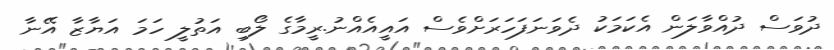
ދުވަސް ދުއްވާލަން އެކަމަކު ދެވަނަފަހަރަށްވެސް އައީއެއްނު.ރީމާގެ ލޯބި އަތުލީ ހަމަ އަޔާޒާ އޭނާ